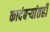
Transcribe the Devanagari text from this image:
कादंबर्‍यांतही